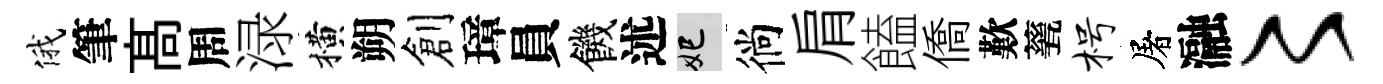
俄筆髙周渌横朔創璋員饑述妃徜肩饁僑歎甆枵屠瀜〻